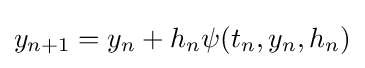
y_{n+1}=y_{n}+h_{n}\psi (t_{n},y_{n},h_{n})